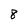
Character: 8